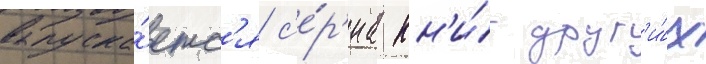
выпуска́етс'я с'е́р'иа кн'и́г друг'и́х